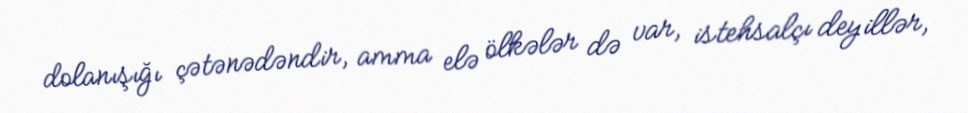
dolanışığı çətənədəndir, amma elə ölkələr də var, istehsalçı deyillər,